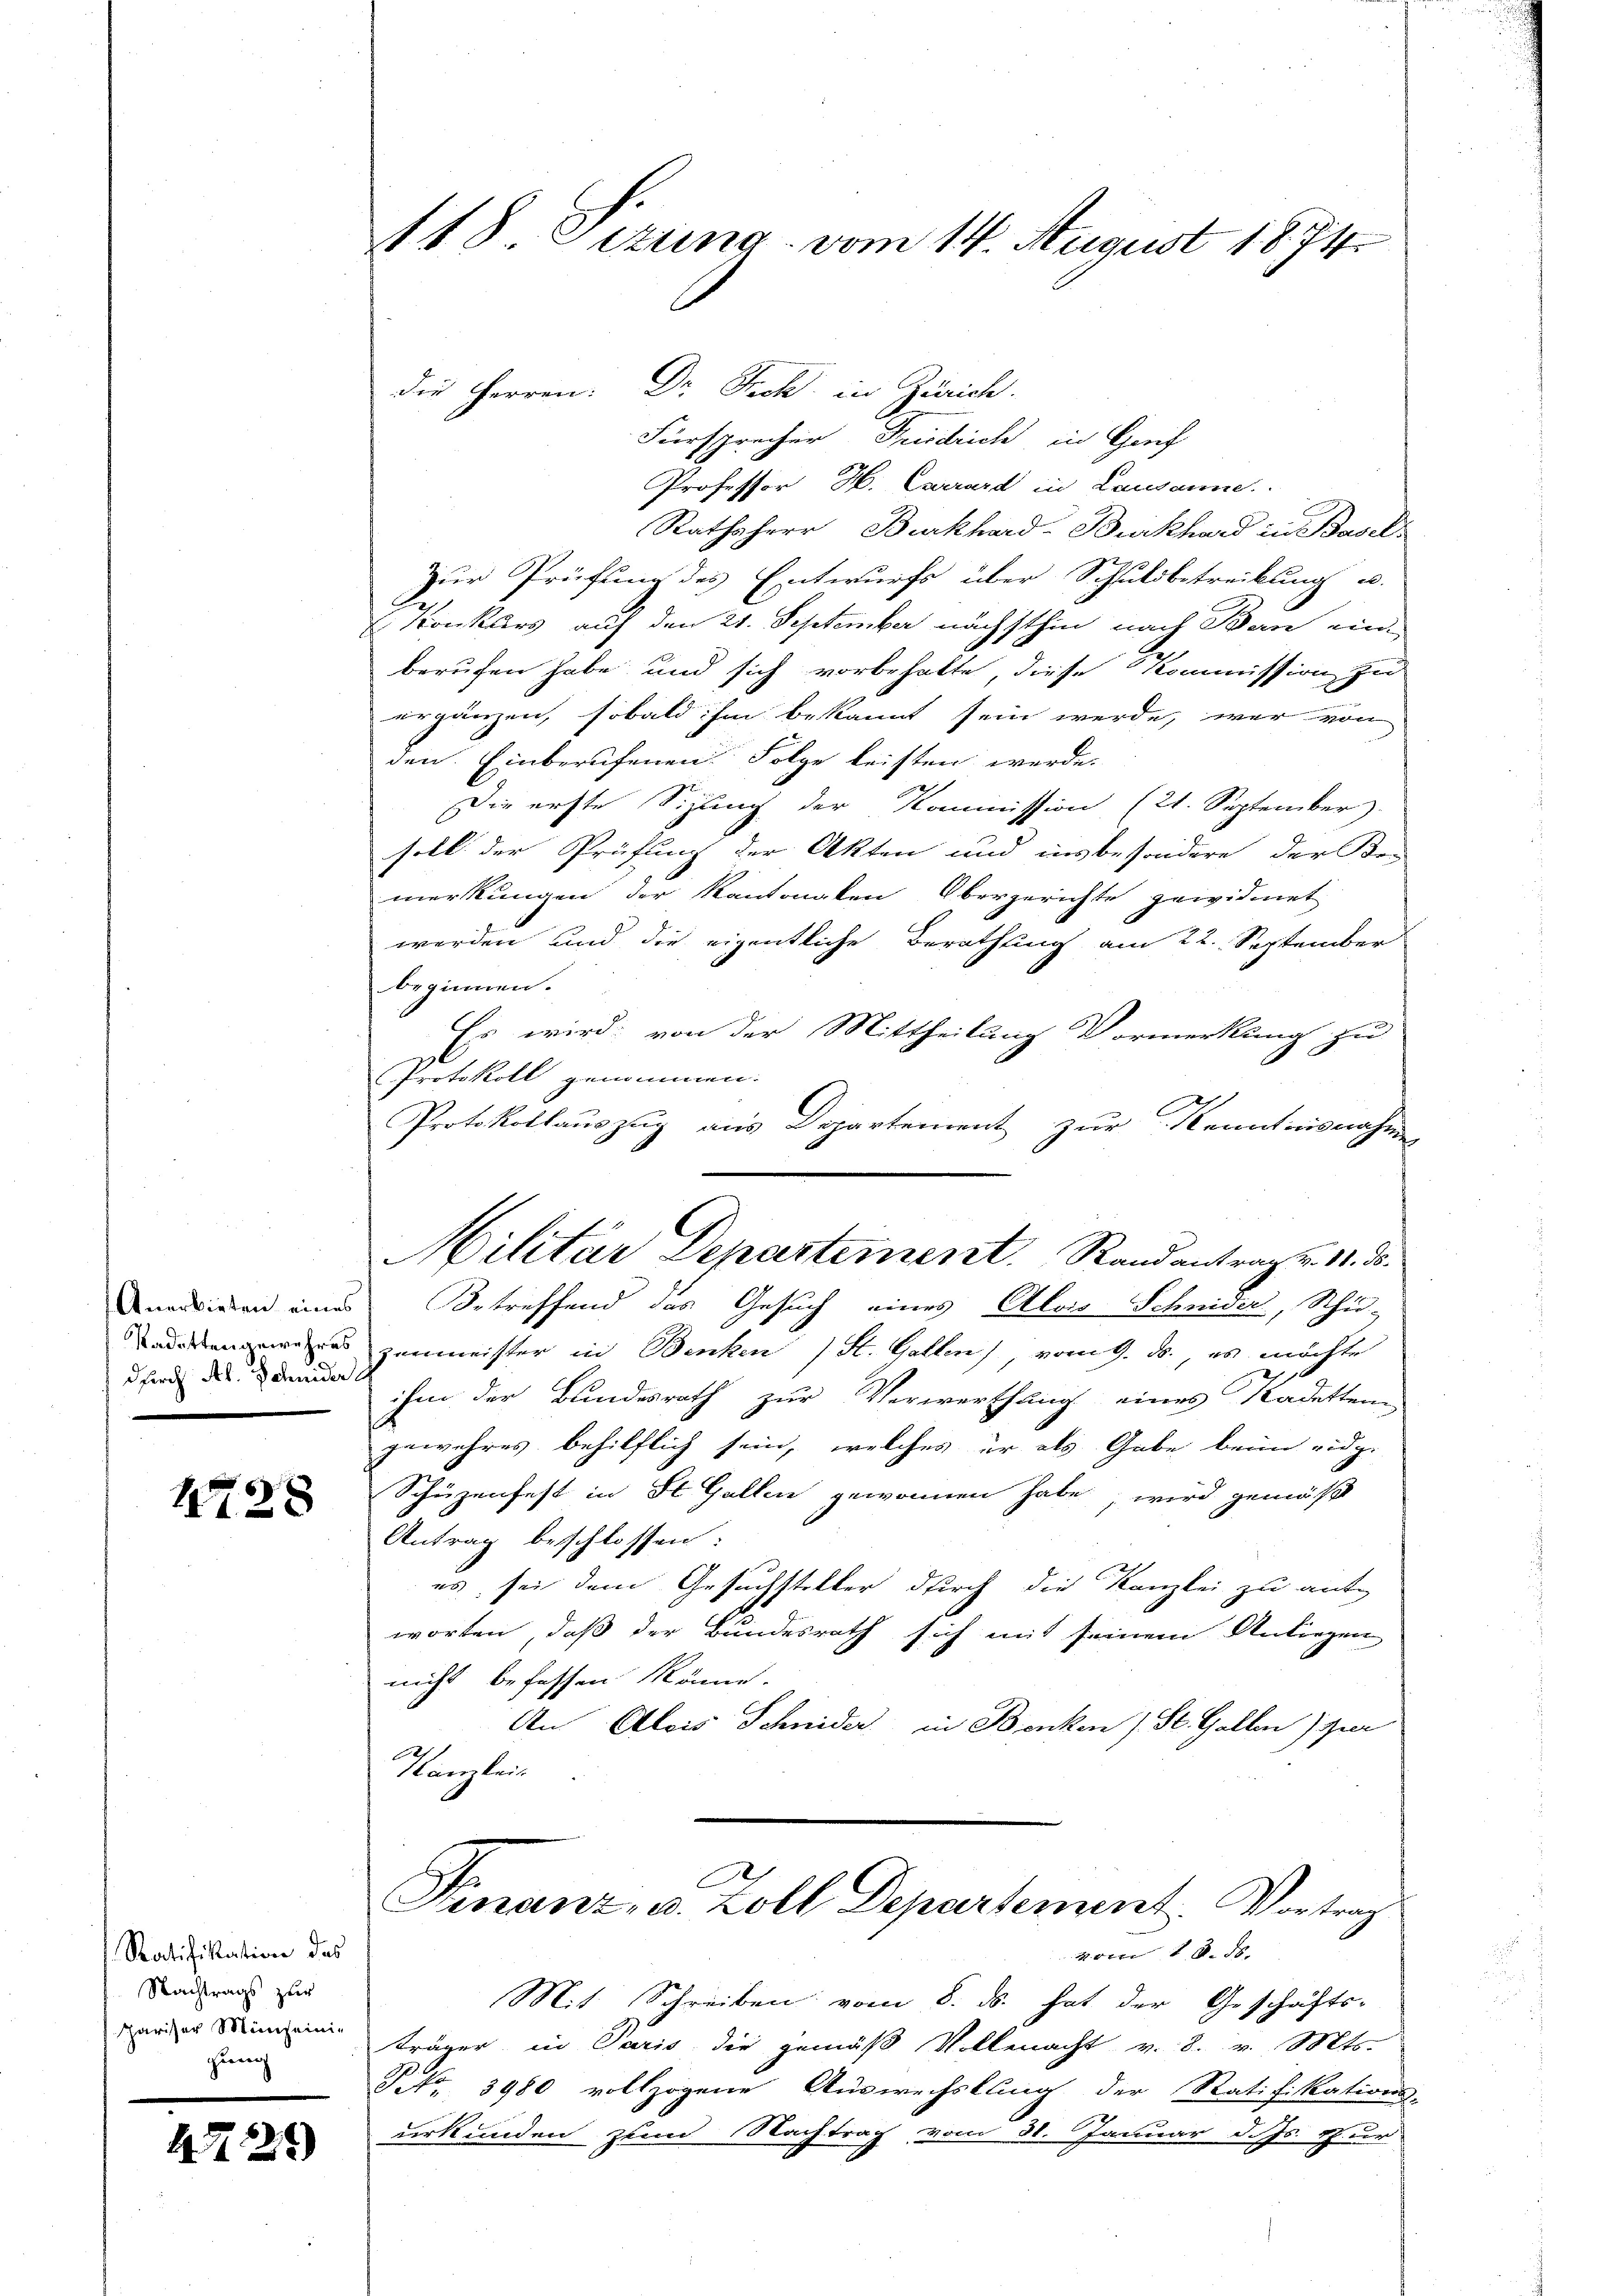
Anerbieten eines
Kadettengewehres
durch Al. Scheider

1728

Ratifikation das
Nachtrags zur
spariser Münseinigung

47. 229)

118 Sitzung vom 14. August 1874.

die Herren. Dr. Fach in Zürich.
Fürsprecher Friedrich in Genf
Professor H. Carrard in Lausanne
Rathsherr Burkhard-Burkhard in Basel-
Zur Prüfung des Entwurfs über Schuldbetreibung u.
 Konkurs auf den 21. September nächsthin nach Bern ein-
berufen habe und sich vorbehalte, diese Kommission zu
ergänzen, sobald ihm bekannt sein werde, war von
den. Einberufenen Folge leisten werde.
Die erste Sizung der Kommission (21. September).
soll der Prüfung der Akten und insbesondere der Be-
merkungen der Kantonalen Obergerichte gewidmet
werden und die eigentliche Berathung am 22. September
beginnen.
Es wird von der Mittheilung Vormerkung zu
Protokoll genommen.
Protokollauszug aus Departement zur Kenntnisnahmen
Betreffend das Gesuch eines Alois Schnider, Schu-
zanmeister in Benken (St. Gallen), vom 9. ds., es möchte
ihm der Bundesrath zur Verwerthung eines Kadettene
gewahres behilflich sein, welches er als Gabe beim eidg.
Schüzenfest in St. Gallen gewonnen habe, wird gemäß
Antrag beschlossen:
es sei dem Gesuchsteller durch die Kanzlei zu antworten, daß der Bundesrath sich mit seinem Antragen
nicht befassen könne.
An Alois Schnider in Benken (St. Gallen) zur
Kanzleis
C
Finanz, u. Zoll Departement. Vortrag
r 11. d
Mit Schreiben vom 8. ds. hat der Geschäfts-
träger in Paris die gemäß Vollmacht v. 8. v. Mts.
Frt. 3980 vollzogene Auswechslung der Ratifikations-
urkunden zum Nachtrag vom 31. Januar d. Js. zur

Militär Departement. Rand antrag v. 11. d.